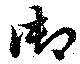
御